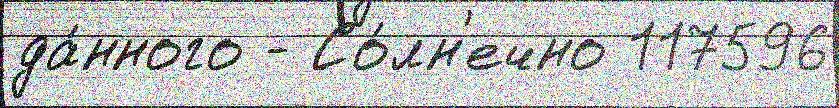
да́нного - Со́лн'ечно 117596